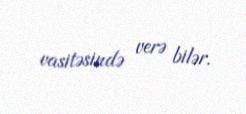
vasitəsində verə bilər.